Account of plague administration in the Bombay Presidency from September 1896 till May 1897
Year: 1896
Disease focus: Plague
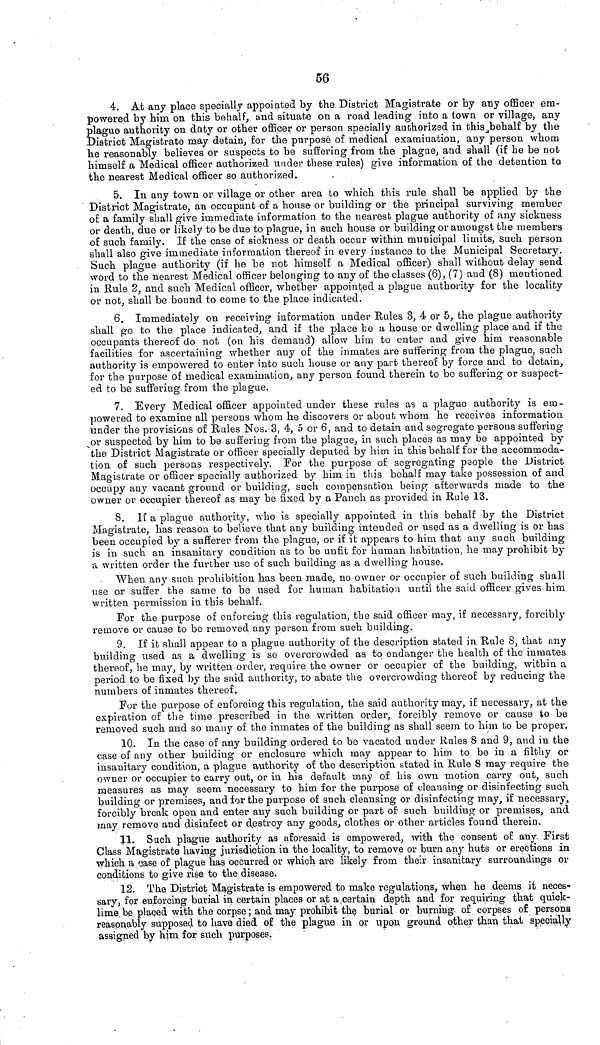
56
4. At any place specially appointed by the District Magistrate or by any officer em-
powered by him on this behalf, and situate on a road leading into a town or village, any
plague authority on duty or other officer or person specially authorized in this behalf by the
District Magistrate may detain, for the purpose of medical examination, any person whom
he reasonably believes or suspects to be suffering from the plague, and shall (if he be not
himself a Medical officer authorized under these rules) give information of the detention to
the nearest Medical officer so authorized.
5. In any town or village or other area to which this rule shall be applied by the
District Magistrate, an occupant of a house or building or the principal surviving member
of a family shall give immediate information to the nearest plague authority of any sickness
or death, due or likely to be due to plague, in such house or building or amongst the members
of such family. If the case of sickness or death occur within municipal limits, such person
shall also give immediate information thereof in every instance to the Municipal Secretary.
Such plague authority (if he be not himself a Medical officer) shall without delay send
word to the nearest Medical officer belonging to any of the classes (6), (7) and (8) mentioned
in Rule 2, and such Medical officer, whether appointed a plague authority for the locality
or not, shall be bound to come to the place indicated.
6. Immediately on receiving information under Rules 3, 4 or 5, the plague authority
shall go to the place indicated, and if the place be a house or dwelling place and if the
occupants thereof do not (on his demand) allow him to enter and give him reasonable
facilities for ascertaining whether any of the inmates are suffering from the plague, such
authority is empowered to enter into such house or any part thereof by force and to detain,
for the purpose of medical examination, any person found therein to be suffering or suspect-
ed to be suffering from the plague.
7. Every Medical officer appointed under these rules as a plague authority is em-
powered to examine all persons whom he discovers or about whom he receives information
under the provisions of Rules Nos. 3, 4, 5 or 6, and to detain and segregate persons suffering
or suspected by him to be suffering from the plague, in such places as may be appointed by
the District Magistrate or officer specially deputed by him in this behalf for the accommoda-
tion of such persons respectively. For the purpose of segregating people the District
Magistrate or officer specially authorized by him in this behalf may take possession of and
occupy any vacant ground or building, such compensation being afterwards made to the
owner or occupier thereof as may be fixed by a Panch as provided in Rule 13.
8. If a plague authority, who is specially appointed in this behalf by the District
Magistrate, has reason to believe that any building intended or used as a dwelling is or has
been occupied by a sufferer from the plague, or if it appears to him that any such building
is in such an insanitary condition as to be unfit for human habitation, he may prohibit by
a written order the further use of such building as a dwelling house.
When any such prohibition has been made, no owner or occupier of such building shall
use or suffer the same to be used for human habitation until the said officer gives him
written permission in this behalf.
For the purpose of enforcing this regulation, the said officer may, if necessary, forcibly
remove or cause to be removed any person from such building.
9. If it shall appear to a plague authority of the description stated in Rule 8, that any
building used as a dwelling is so overcrowded as to endanger the health of the inmates
thereof, he may, by written order, require the owner or occupier of the building, within a
period to be fixed by the said authority, to abate the overcrowding thereof by reducing the
numbers of inmates thereof.
For the purpose of enforcing this regulation, the said authority may, if necessary, at the
expiration of the time prescribed in the written order, forcibly remove or cause to be
removed such and so many of the inmates of the building as shall seem to him to be proper.
10. In the case of any building ordered to be vacated under Rules 8 and 9, and in the
case of any other building or enclosure which may appear to him to be in a filthy or
insanitary condition, a plague authority of the description stated in Rule 8 may require the
owner or occupier to carry out, or in his default may of his own motion carry out, such
measures as may seem necessary to him for the purpose of cleansing or disinfecting such
building or premises, and for the purpose of such cleansing or disinfecting may, if necessary,
forcibly break open and enter any such building or part of such building or premises, and
may remove and disinfect or destroy any goods, clothes or other articles found therein.
11. Such plague authority as aforesaid is empowered, with the consent of any First
Class Magistrate having jurisdiction in the locality, to remove or burn any huts or erections in
which a case of plague has occurred or which are likely from their insanitary surroundings or
conditions to give rise to the disease.
12. The District Magistrate is empowered to make regulations, when he deems it neces-
sary, for enforcing burial in certain places or at a certain depth and for requiring that quick-
lime be placed with the corpse ; and may prohibit the burial or burning of corpses o£ persona
reasonably supposed to have died of the plague in or upon ground other than that specially
assigned by him for such purposes.